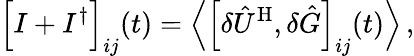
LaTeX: \Big[I+I^{\dagger}\Big]_{ij}(t)=\Big\langle\left[\delta\hat{U}^{\mathrm{H}},\delta\hat{G}\right]_{ij}(t)\Big\rangle\, ,